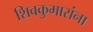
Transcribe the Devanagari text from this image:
शिवकुमारांना